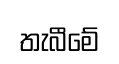
තැබීමේ